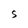
Character: n